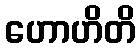
ဟောဟိတိ